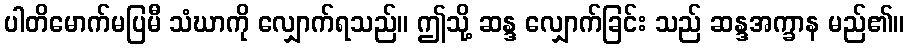
ပါတိမောက်မပြမီ သံဃာကို လျှောက်ရသည်။ ဤသို့ ဆန္ဒ လျှောက်ခြင်း သည် ဆန္ဒအက္ခာန မည်၏။